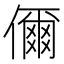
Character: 儞